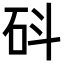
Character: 𥐿